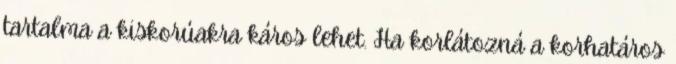
tartalma a kiskorúakra káros lehet. Ha korlátozná a korhatáros